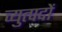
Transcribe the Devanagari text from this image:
व्युत्पदों